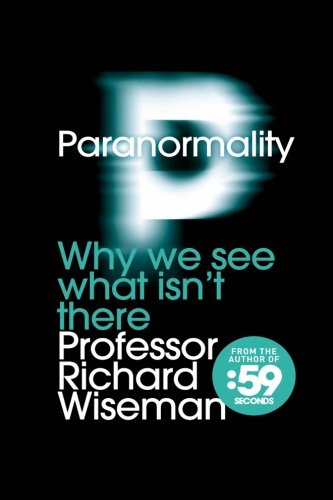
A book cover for Paranormality: Why we see what isn't there; Richard Wiseman; Religion & Spirituality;